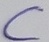
Text: C